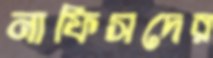
নাফিসদের